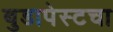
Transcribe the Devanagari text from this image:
बुडापेस्टचा